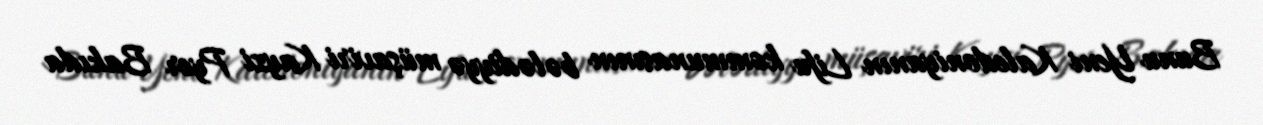
Bunu Yeni Kaledoniyanın Lifu kommunasının bələdiyyə müşaviri Kayzi Pyer Bakıda